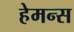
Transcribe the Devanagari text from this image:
हेमन्स